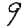
Digit: 9